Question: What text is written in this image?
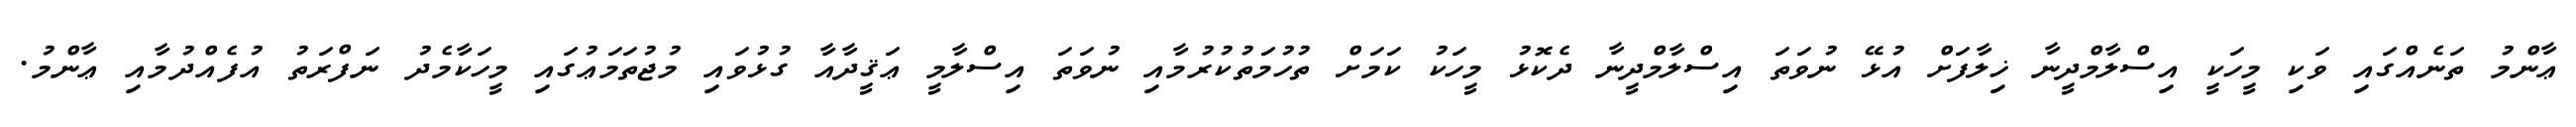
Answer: ޢާންމު ތަނެއްގައި ވަކި މީހަކީ އިސްލާމްދީނާ ޚިލާފަށް އުޅޭ ނުވަތަ އިސްލާމްދީނާ ދެކޮޅު މީހަކު ކަމަށް ތުހުމަތުކުރުމާއި ނުވަތަ އިސްލާމީ ޢަޤީދާއާ ގުޅުވައި މުޖުތަމަޢުގައި މީހަކާމެދު ނަފްރަތު އުފެއްދުމާއި ޢާންމު.